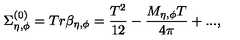
\Sigma _ { \eta , \phi } ^ { ( 0 ) } = T r \beta _ { \eta , \phi } = \frac { T ^ { 2 } } { 1 2 } - \frac { M _ { \eta , \phi } T } { 4 \pi } + . . . ,